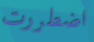
اضطررت